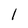
Character: 1